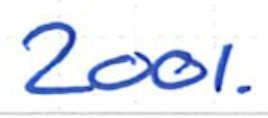
Text: 2001.
Cross-out: clean
Writing tool: ballpoint